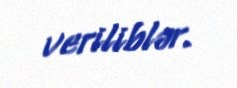
veriliblər.